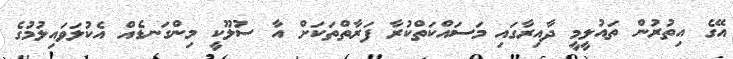
އޭގެ އިތުރުން ތައުލީމީ ދާއިރާގައި މަސައްކަތްކުރާ ފަރާތްތަކަށް އާ ސުލޫކީ މިންގަނޑެއް އެކުލަވައިލުމުގެ